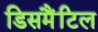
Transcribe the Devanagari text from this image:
डिसमैंटिल